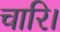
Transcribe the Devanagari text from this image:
चारि।